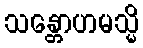
သန္တောဟမသ္မိ